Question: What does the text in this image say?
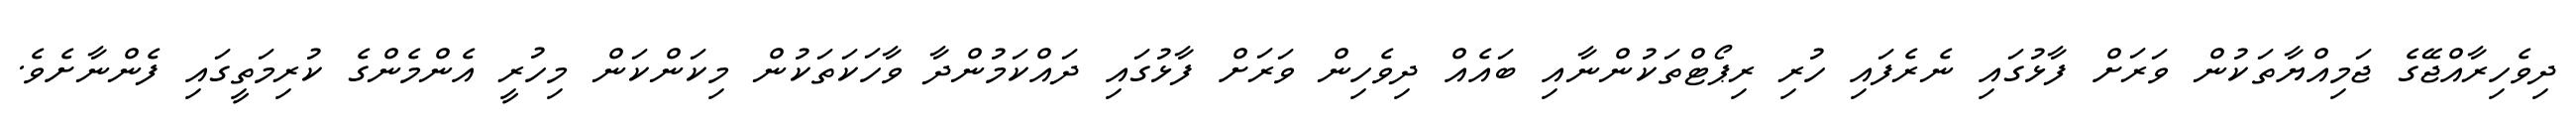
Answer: ދިވެހިރާއްޖޭގެ ޖަމިއްޔާތަކުން ވަރަށް ފާޅުގައި ނެރެފައި ހުރި ރިޕޯޓްތަކުންނާއި ބައެއް ދިވެހިން ވަރަށް ފާޅުގައި ދައްކަމުންދާ ވާހަކަތަކުން މިކަންކަން މިހުރީ އެންމެންގެ ކުރިމަތީގައި ފެންނާށެވެ.